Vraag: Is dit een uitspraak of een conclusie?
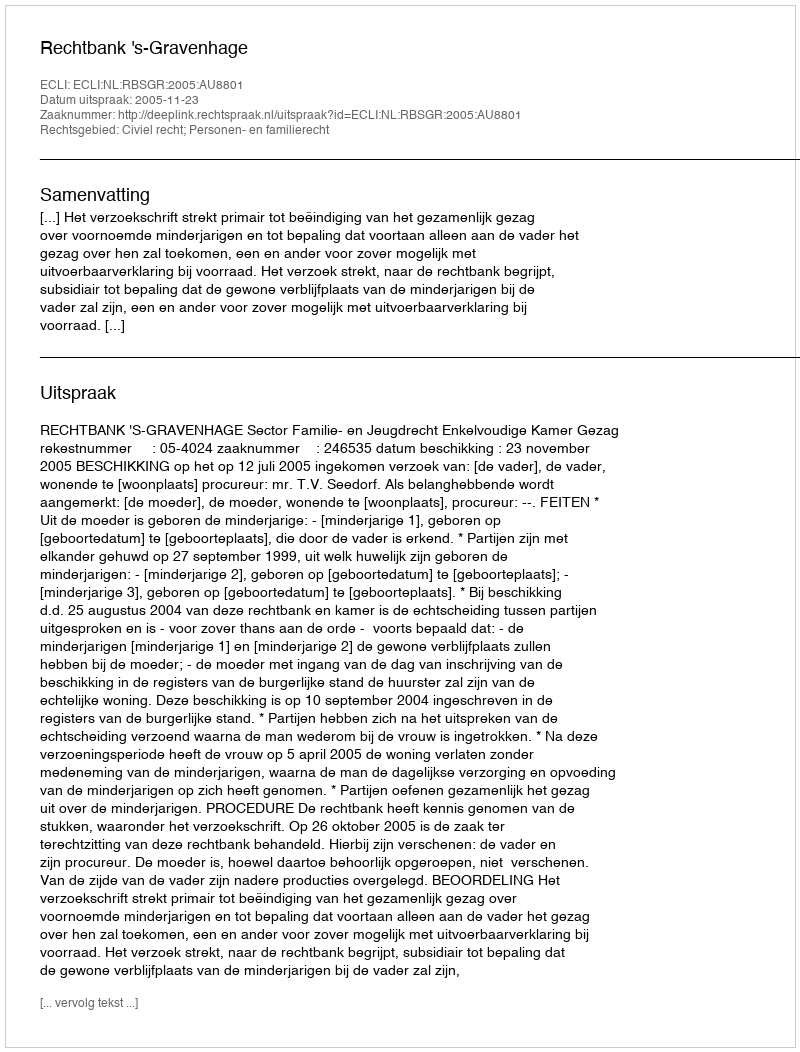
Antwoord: Uitspraak